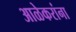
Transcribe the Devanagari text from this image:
आळेकरांना